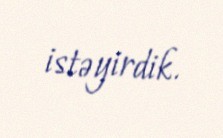
istəyirdik.